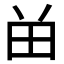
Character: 𬎿